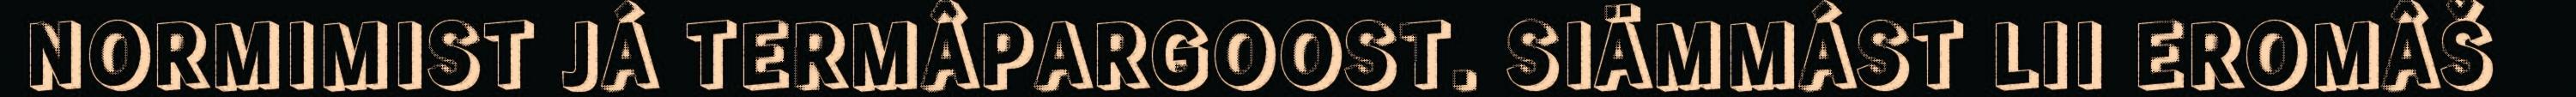
NORMIMIST JÁ TERMÂPARGOOST. SIÄMMÁST LII EROMÂŠ